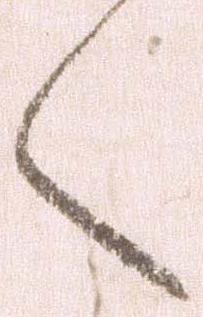
く